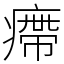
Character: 㿃